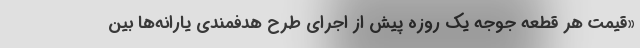
«قیمت هر قطعه جوجه یک روزه پیش از اجرای طرح هدفمندی یارانه‌ها بین